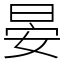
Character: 晏